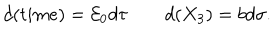
d ( t i m e ) = { \cal E } _ { 0 } d \tau \quad \quad d ( X _ { 3 } ) = b d \sigma .